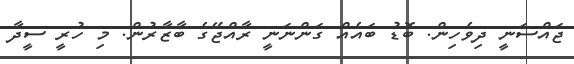
ޖައްސަނީ ދިވެހިން. ބޮޑު ބައެއް ގަންނަނީ ރާއްޖޭގެ ބާޒާރުން. މި ހުރީ ސީދާ